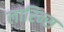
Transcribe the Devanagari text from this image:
लारिन्स